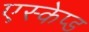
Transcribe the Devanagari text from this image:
एस्केप्ड